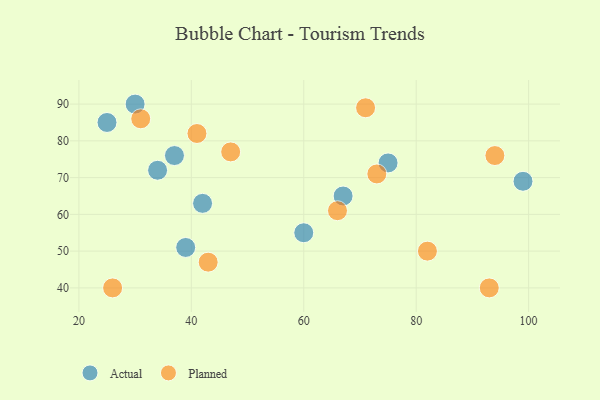
{"axis": {"x": "GDP", "y": "Life Expectancy"}, "legend": ["Actual", "Planned"], "data": [{"x": "42", "y": 63, "type": "Actual"}, {"x": "25", "y": 85, "type": "Actual"}, {"x": "37", "y": 76, "type": "Actual"}, {"x": "60", "y": 55, "type": "Actual"}, {"x": "99", "y": 69, "type": "Actual"}, {"x": "67", "y": 65, "type": "Actual"}, {"x": "30", "y": 90, "type": "Actual"}, {"x": "75", "y": 74, "type": "Actual"}, {"x": "34", "y": 72, "type": "Actual"}, {"x": "39", "y": 51, "type": "Actual"}, {"x": "71", "y": 89, "type": "Planned"}, {"x": "26", "y": 40, "type": "Planned"}, {"x": "31", "y": 86, "type": "Planned"}, {"x": "94", "y": 76, "type": "Planned"}, {"x": "47", "y": 77, "type": "Planned"}, {"x": "66", "y": 61, "type": "Planned"}, {"x": "73", "y": 71, "type": "Planned"}, {"x": "41", "y": 82, "type": "Planned"}, {"x": "43", "y": 47, "type": "Planned"}, {"x": "93", "y": 40, "type": "Planned"}, {"x": "82", "y": 50, "type": "Planned"}]}